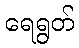
ရေရွတ်